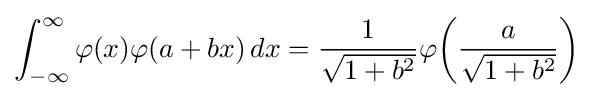
\int _{-\infty }^{\infty }\varphi (x)\varphi (a+bx)\,dx={\frac {1}{\sqrt {1+b^{2}}}}\varphi {\left({\frac {a}{\sqrt {1+b^{2}}}}\right)}